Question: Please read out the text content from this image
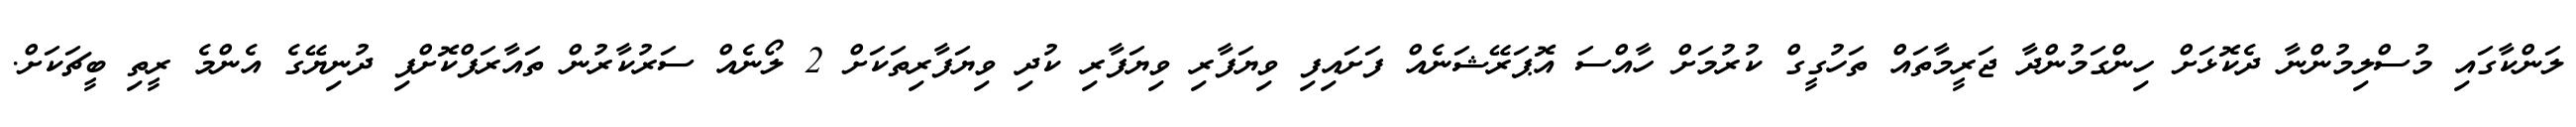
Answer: ލަންކާގައި މުސްލިމުންނާ ދެކޮޅަށް ހިންގަމުންދާ ޖަރީމާތައް ތަހުގީގް ކުރުމަށް ހާއްސަ އޮޕަރޭޝަނެއް ފަށައިފި ވިޔަފާރި ވިޔަފާރި ކުދި ވިޔަފާރިތަކަށް 2 ލޯނެއް ސަރުކާރުން ތައާރަފްކޮށްފި ދުނިޔޭގެ އެންމެ ރީތި ބީޗަކަށް.